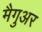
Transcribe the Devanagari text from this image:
मैगुअर